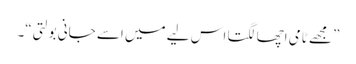
”مجھے ٹامی اچھا لگتا اس لیے میں اسے جانی بولتی“۔